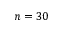
n = 3 0